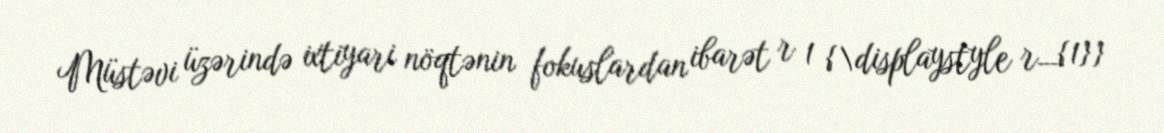
Müstəvi üzərində ixtiyari nöqtənin fokuslardan ibarət r 1 {\displaystyle r_{1}}